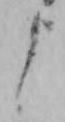
よ